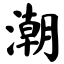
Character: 潮